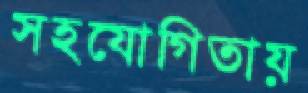
সহযোগিতায়